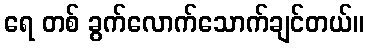
ရေ တစ် ခွက်လောက်သောက်ချင်တယ်။